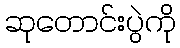
ဆုတောင်းပွဲကို